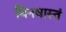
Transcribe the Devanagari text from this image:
बिनधास्तं